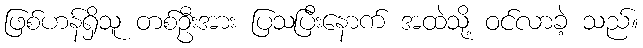
ဖြစ်ဟန်ရှိသူ တစ်ဦးအား ပြသပြီးနောက် အထဲသို့ ဝင်လာခဲ့ သည်။